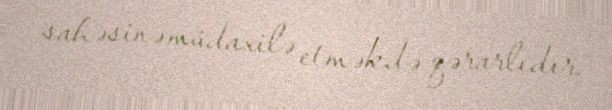
sahəsinə müdaxilə etməkdə qərarlıdır.